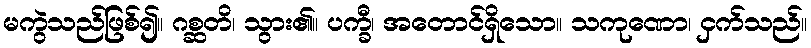
မကွဲသည်ဖြစ်၍။ ဂစ္ဆတိ၊ သွား၏။ ပက္ခီ၊ အတောင်ရှိသော။ သကုဏော၊ ငှက်သည်။